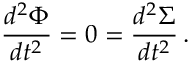
{ \frac { d ^ { 2 } \Phi } { d t ^ { 2 } } } = 0 = { \frac { d ^ { 2 } \Sigma } { d t ^ { 2 } } } \, .